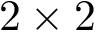
2 \times 2